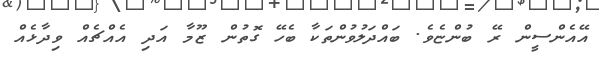
އޭއެންސީން ރޭ ބުންޏެވެ. ބައްދަލުވުންތަކާ ބެހޭ ގޮތުން ޒޫމާ އަދި އެއްޗެއް ވިދާޅެއް